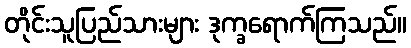
တိုင်းသူပြည်သားများ ဒုက္ခရောက်ကြသည်။